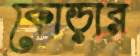
কোড়ার